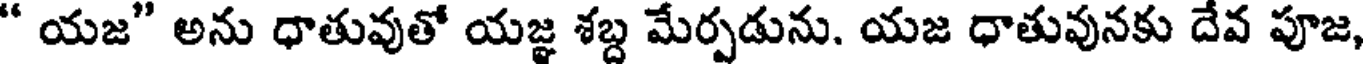
" యజ" అను ధాతువుతో యజ్ఞ శబ్ద మేర్పడును. యజ ధాతువునకు దేవ పూజ,